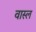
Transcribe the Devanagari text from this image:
वास्ल